Vaccination in Bombay 1913-1923 - 1913-1923
Year: 1913
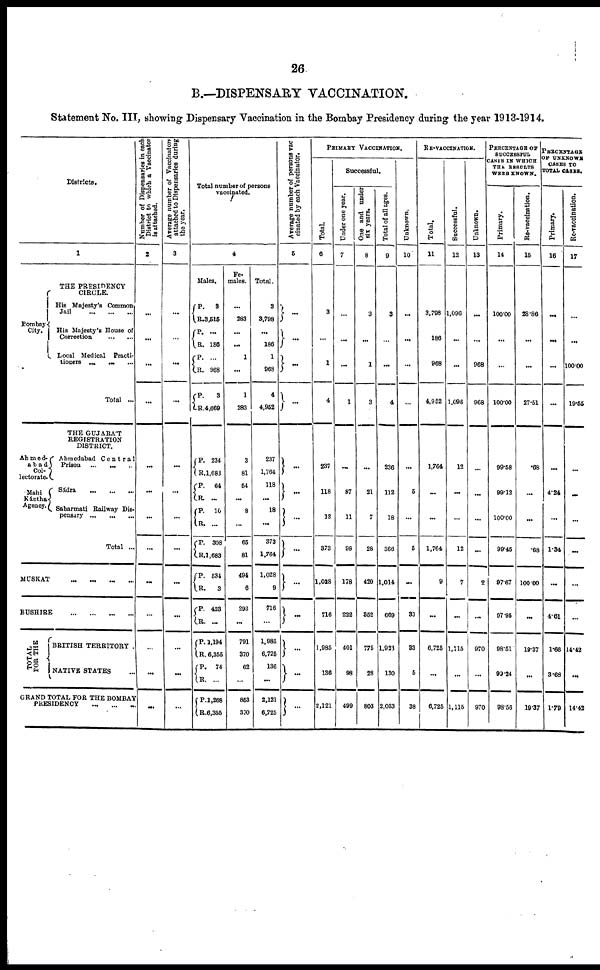
26
B.—DISPENSARY VACCINATION.
Statement No. III, showing Dispensary Vaccination in the Bombay Presidency during the year 1913-1914.
Districts.
1
Bombay
City.
THE PRESIDENCY
CIRCLE.
His Majesty's Common
Jail
...
...
...
His Majesty's House of
Correction
...
...
Local Medical Practi-
tioners ... ... ...
Total ...
THE GUJARAT
REGISTRATION
DISTRICT.
Ahmed-
abad
Col-
lectorate.
Mahi
Kántha
Agency.
Ahmedabad Contral
Prison
...
...
...
Sádra
...
...
...
Sabarmati Railway Dis-
pensary
...
...
...
Total ...
MUSKAT ... ... ... ...
BUSHIRE ... ... ... ...
T OTAL
FOR THE
BRITISH TERRITORY .
NATIVE STATES ...
GRAND TOTAL FOR THE BOMBAY
PRESIDENCY ... ... ...
Number of Dispensaries in each
District to which a Vaccinator
is attached.
2
...
...
...
...
...
...
...
...
...
...
...
...
...
Average number of Vaccinators
attached to Dispensaries during
the year.
3
...
...
...
...
...
...
...
...
...
...
...
...
...
Total number of persons
vaccinated.
4
Males.
P.
R.
P.
R.
P.
R.
P.
R.
P.
R.
P.
R.
P.
R.
P.
R.
P.
R.
P.
R.
P.
R.
P.
R.
P.
R.
3
3,515
...
186
...
968
3
4,669
234
1,683
64
...
10
. . .
308
1,683
534
3
423
...
1,194
6,356
74
...
1,268
6,355
Fe-
males.
...
283
...
...
1
...
1
283
3
81
54
...
8
...
65
81
494
6
293
...
791
370
62
...
853
370
Total.
3
3,798
...
186
1
968
4
4,952
237
1,764
118
...
18
...
373
1,764
1,028
9
716
...
1,985
6,725
136
...
2,121
6,725
Average number of persons vac
cinated by each Vaccinator.
5
...
...
...
...
...
...
...
...
...
...
...
...
...
PRIMARY VACCINATION.
Total.
6
3
...
1
4
237
118
18
373
1,028
716
1,985
136
2,121
Successful.
Under one year.
7
...
...
...
1
...
87
11
98
178
222
401
98
499
One and under
six years.
8
3
...
1
3
...
21
7
28
420
352
775
28
803
Total of all ages.
9
3
...
...
4
236
112
18
366
1,014
669
1,923
130
2,053
Unknown.
10
...
...
...
...
...
5
...
5
...
33
33
5
38
RE-VACCINATION.
Total.
11
3,798
186
968
4,952
1,764
...
...
1,764
9
...
6,725
...
6,725
Successful.
12
1,096
...
...
1,096
12
...
...
12
7
...
1,115
...
1,116
Unknown.
13
...
...
968
968
...
...
...
...
2
...
970
...
970
PERCENTAGE OF
SUCCESSFUL
CASES IN WHICH
THE RESULTS
WERE SHOWN.
Primary.
14
100.00
...
...
100.00
99.58
99.12
100.00
99.45
97.67
97.95
98.51
99.24
98.56
Re-vaccination.
15
28.86
...
...
27.51
.68
...
...
.68
100.00
...
19.37
...
19.37
PERCENTAGE
OF UNKNOWN
CASES TO
TOTAL CASES.
Primary.
16
...
...
...
...
...
4.24
...
1.34
...
4.61
1.66
3.68
1.79
Re-vaccination.
17
...
...
100.00
19.55
...
...
...
...
...
...
14.42
...
14.42